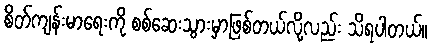
စိတ်ကျန်းမာရေးကို စစ်ဆေးသွားမှာဖြစ်တယ်လို့လည်း သိရပါတယ်။